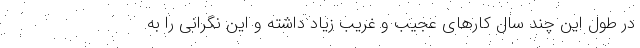
در طول این چند سال کارهای عجیب و غریب زیاد داشته و این نگرانی را به